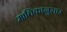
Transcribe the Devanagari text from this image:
मातिकानुसार